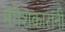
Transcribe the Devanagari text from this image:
मंगेशकारांनी